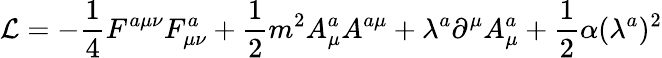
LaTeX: {\cal L}=-\frac 14F^{a\mu\nu}F_{\mu\nu}^{a}+\frac 12m^{2}A_{\mu}^{a}A^{a\mu}+\lambda^{a}\partial^{\mu}A_{\mu}^{a}+\frac 12\alpha(\lambda^{a})^{2}